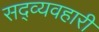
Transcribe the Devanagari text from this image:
सद्व्यवहारी